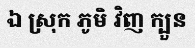
ឯ ស្រុក ភូមិ វិញ ក្បួន